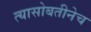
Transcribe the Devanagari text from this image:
त्यासोबतीनेच